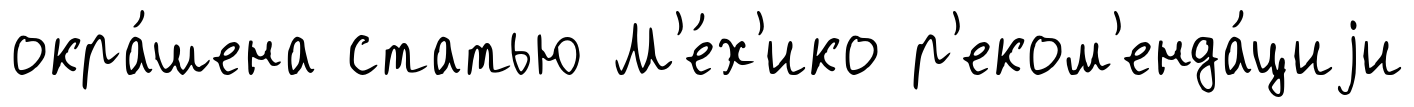
окра́шена статью М'е́х'ико р'еком'енда́циjи